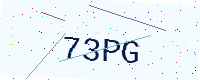
Text: 73PG